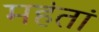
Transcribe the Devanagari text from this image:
महंतां